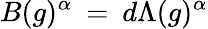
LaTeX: B(g)^{\alpha}\: =\: d\Lambda(g)^{\alpha}